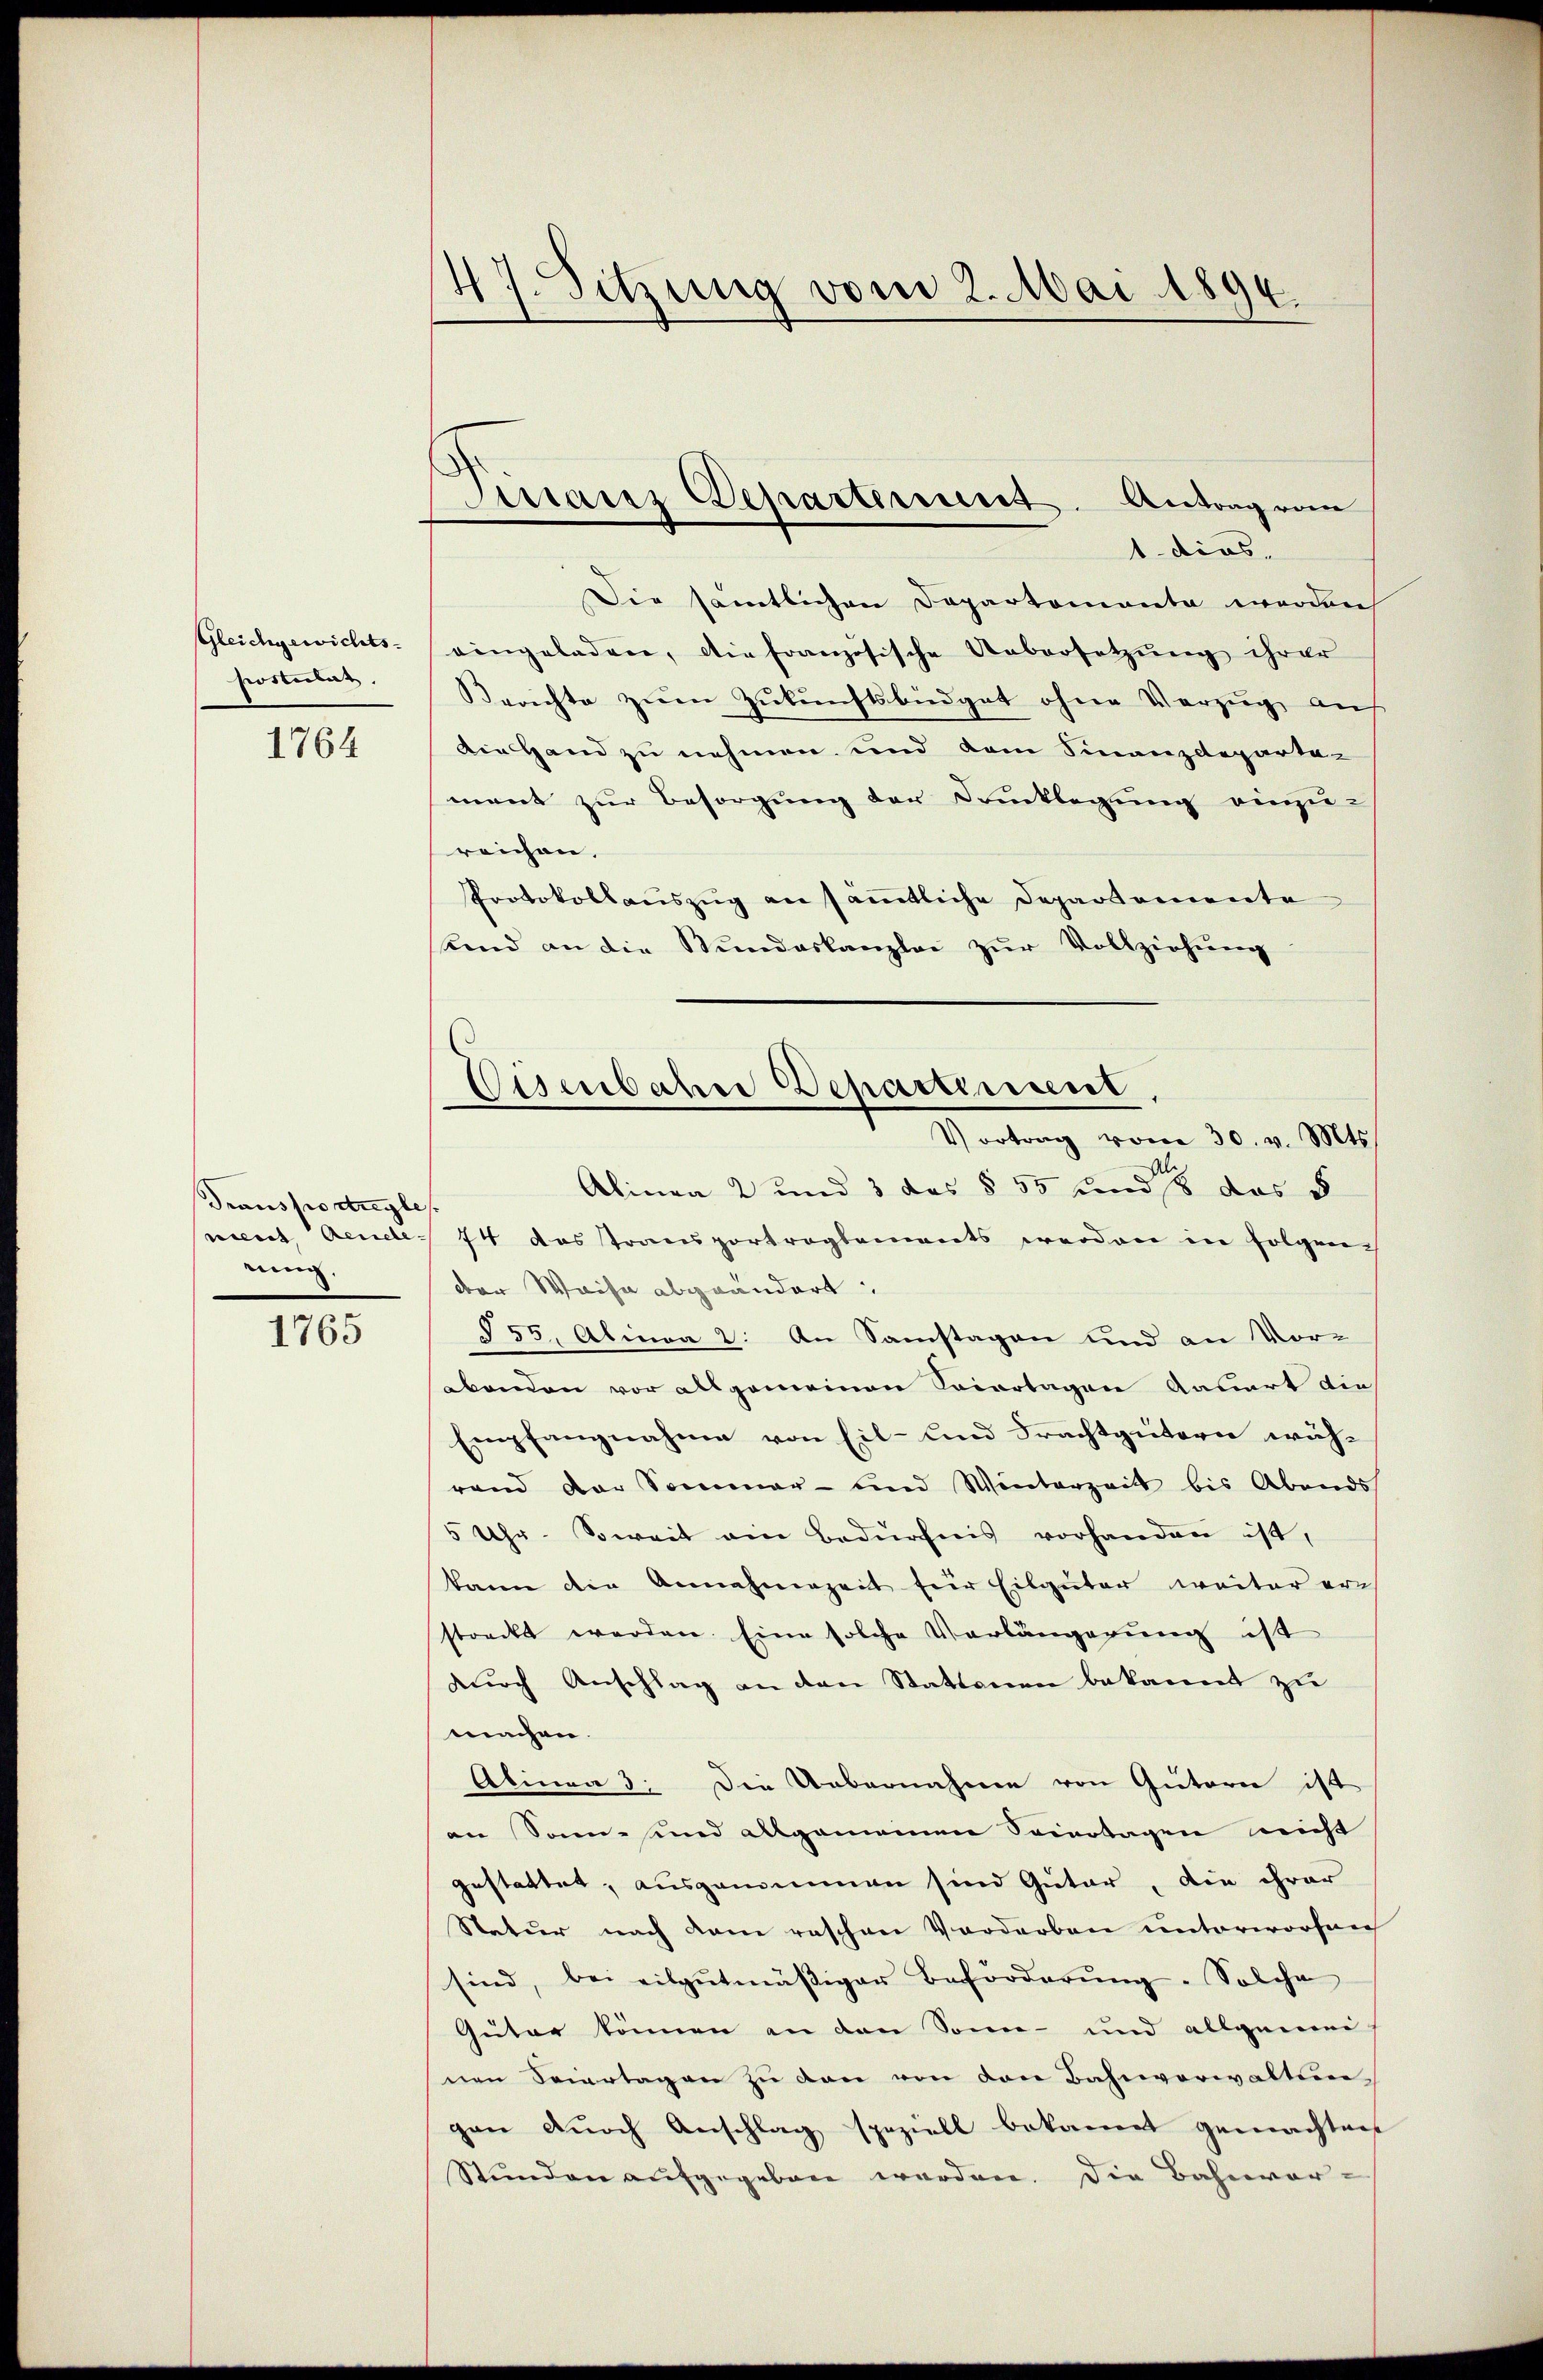
Gleichgewichts-
postulat

1764

Transtostregles
niert Aenele.
rung.

1765

47. Sitzung vom 2. Mai 1894.

Tirranz Departement. Antrag vom
1. dies

Eisenbahre Departement,
Vertrag vom 30. v. Mts.

Die sämtlichen Departemonta werden,
eingeladen, die französische Uebersetzŭng ihrer
Berichte zum Zukunftsbüdget ohne Vorzug auf
Die Hand zu nehmen und dem Finanzdeparta-
ment zur Besorgung der Dunklegung einzu-
reichen.
Protokollauszug an sämmtliche Departemente
send an die Stŭndeskanzlei zŭr Vollziehŭng
Alinea 2 und 3 des § 55 und das d
74 das Transportragbamants werden in folgen is
der Waise abgeändert
§55, Alinea 2. An Samstagen und an Vor-
benden vor allgemeinen Triertagen dauert die
Empfangnahme von Eil- und Frachtgütern wäh-
rand der Sommer- und Winterzeit bis Abends
5 Uhr. Soweit ein Bedürfnis vorhanden ist,
kann die Annahmezeit für Eilgüter weiter er
streckt werden. Eine solche Verlängerung ist
durch Anschlag an den Stationen bekannt zu
machen.
Alinea 3: Die Uebernahme von Gutern ist
an Sonn- und allgemeinen Seiertagen nicht
gestattet, ausgenommen sind Guter, die ihrer
Natur nach dem raschen Vordarben unterworfen
sind, bei eilgŭtmäßiger Beförderŭng. Solche
Guter können an den Sonn- und allgemei
nen Feiertagen zu den von den Bahnverwaltun
gen durch Anschlag speziell bekannt gemachten
Stunden aufgegeben werden. Die Bahnvor-